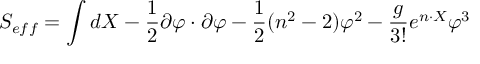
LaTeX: S _ { e f f } = \int d X - \frac { 1 } { 2 } \partial \varphi \cdot \partial \varphi - \frac { 1 } { 2 } ( n ^ { 2 } - 2 ) \varphi ^ { 2 } - \frac { g } { 3 ! } e ^ { n \cdot X } \varphi ^ { 3 }